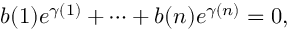
b ( 1 ) e ^ { \gamma ( 1 ) } + \cdots + b ( n ) e ^ { \gamma ( n ) } = 0 ,